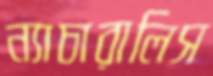
ন্যাচারালিস